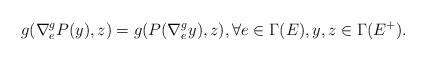
LaTeX: \begin{align*}g(\nabla^g_eP(y),z)=g(P(\nabla^g_ey),z),\forall e\in\Gamma(E),y,z\in\Gamma(E^+).\end{align*}